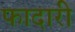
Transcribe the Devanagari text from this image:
फादारी